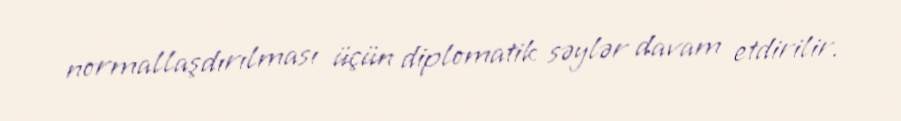
normallaşdırılması üçün diplomatik səylər davam etdirilir.